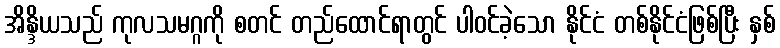
အိန္ဒိယသည် ကုလသမဂ္ဂကို စတင် တည်ထောင်ရာတွင် ပါဝင်ခဲ့သော နိုင်ငံ တစ်နိုင်ငံဖြစ်ပြီး နှစ်